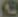
B